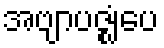
အဗျာပဇ္ဈံပေ